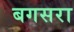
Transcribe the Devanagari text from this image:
बगसरा